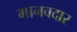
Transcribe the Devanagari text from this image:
मानवदार